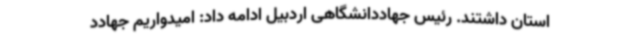
استان داشتند. رئیس جهاددانشگاهی اردبیل ادامه داد: امیدواریم جهادد